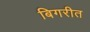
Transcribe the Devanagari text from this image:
बिगरीत